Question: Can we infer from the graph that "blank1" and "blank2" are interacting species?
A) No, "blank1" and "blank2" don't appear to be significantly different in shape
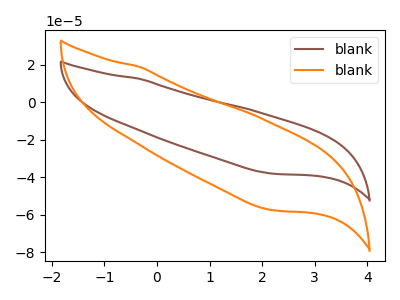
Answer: <think>The brown curve "blank1" has no peaks. The orange curve "blank2" has no peaks.
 Neither "blank1" or "blank2" have any peaks.</think>
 <answer>A) No, "blank1" and "blank2" don't appear to be significantly different in shape</answer>
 <eval>A</eval>